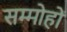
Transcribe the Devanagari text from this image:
सम्मोहों